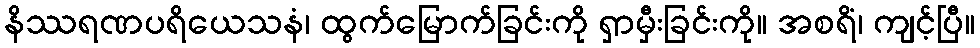
နိဿရဏပရိယေသနံ၊ ထွက်မြောက်ခြင်းကို ရှာမှီးခြင်းကို။ အစရိံ၊ ကျင့်ပြီ။